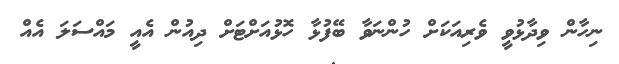
ނިހާން ވިދާޅުވީ ވެރިއަކަށް ހުންނަވާ ބޭފުޅާ ހޮޅުއަށްޓަށް ދިއުން އެއީ މަައްސަލަ އެއް